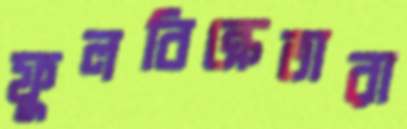
ফুলবিক্রেতারা